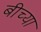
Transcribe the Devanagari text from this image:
बीच्या